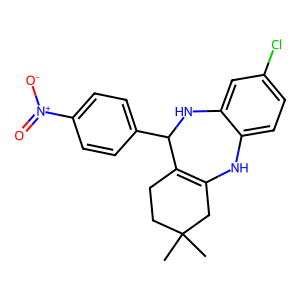
SMILES: CC1(C)CCC2=C(C1)Nc1ccc(Cl)cc1NC2c1ccc([N+](=O)[O-])cc1
Inhibits HIV replication: No